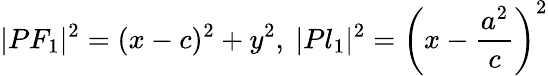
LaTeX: |PF_{1}|^{2}=(x-c)^{2}+y^{2},\ |Pl_{1}|^{2}=\left(x-{\frac{a^{2}}{c}}\right)^{2}